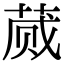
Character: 蒇